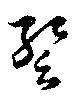
蹔